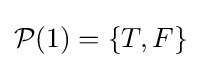
{\mathcal {P}}(1)=\{T,F\}